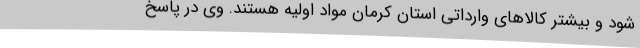
شود و بیشتر کالاهای وارداتی استان کرمان مواد اولیه هستند. وی در پاسخ